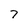
Character: 7